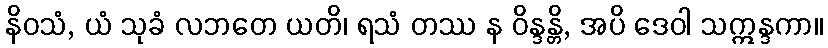
နိဝသံ, ယံ သုခံ လဘတေ ယတိ၊ ရသံ တဿ န ဝိန္ဒန္တိ, အပိ ဒေဝါ သဣန္ဒကာ။